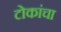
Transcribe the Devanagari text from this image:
टोकांचा